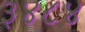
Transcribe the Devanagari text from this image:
३४८४